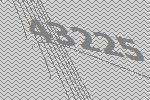
43225